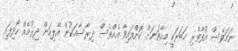
ނަމަވެސް އުފާވެރި ޚަބަރަކީ މިހާތަނަށް ކޮށްފައިވާ އެއްވެސް ދިރާސާއަކުން އޭލިއަން ދިރުމެއް ހޯދިފައި